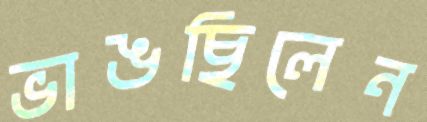
ভাঙছিলেন